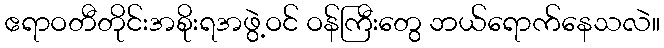
ဧရာဝတီတိုင်းအစိုးရအဖွဲ့ဝင် ဝန်ကြီးတွေ ဘယ်ရောက်နေသလဲ။